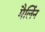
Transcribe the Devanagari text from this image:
मैर्लिन